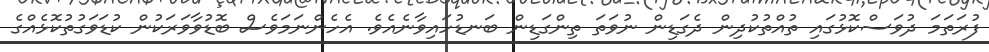
ފުރަތަމަ ދުވަސްކޮޅުގައި ތުއްތުކުދިން ދެގަޑިން ނުވަތަ ތިންގަޑިން ބަނޑުހައިވާނެއެވެ. އެހެންނަމަވެސް ބޮޑުވާވަރަކުން ކުޑަވަގުތުކޮޅެއްގެ